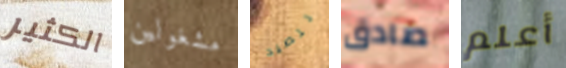
الكثير مشغولين للصيد صادق أعلم